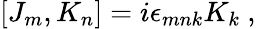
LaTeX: [J_{m},K_{n}]=i\epsilon_{mnk}K_{k}~,